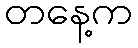
တနေ့က